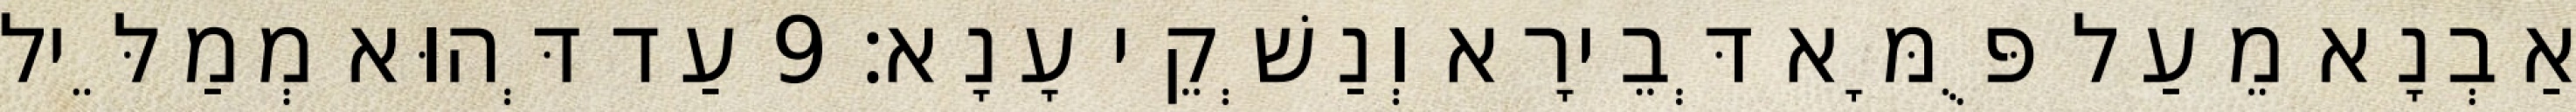
אַבְנָא מֵעַל פֻּמָּא דְּבֵירָא וְנַשְׁקֵי עָנָא׃ 9 עַד דְּהוּא מְמַלֵּיל